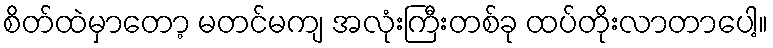
စိတ်ထဲမှာတော့ မတင်မကျ အလုံးကြီးတစ်ခု ထပ်တိုးလာတာပေါ့။